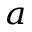
^ { a }